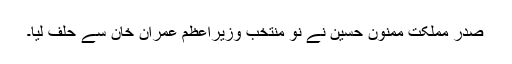
صدر مملکت ممنون حسین نے نو منتخب وزیراعظم عمران خان سے حلف لیا۔